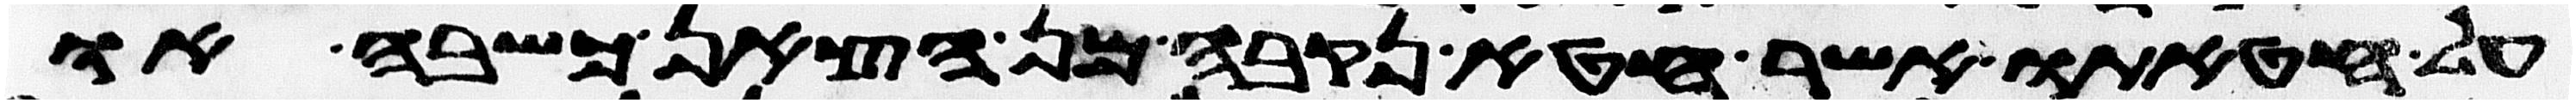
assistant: על חטאתו אשר חטא נקבה מן הצאן כשבה או